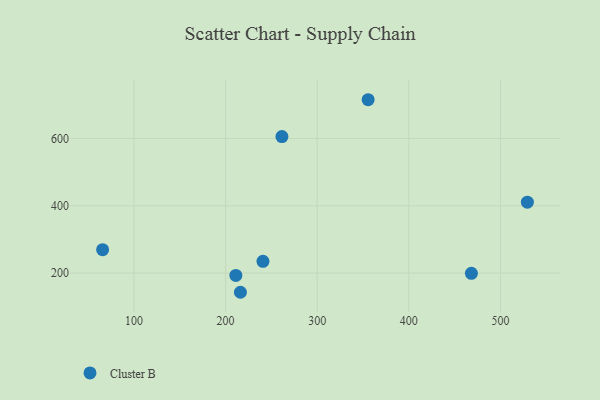
{"axis": {"x": "Distance", "y": "Fuel Efficiency"}, "legend": ["Cluster B"], "data": [{"x": "529.4", "y": 410.7, "type": "Cluster B"}, {"x": "261.5", "y": 605.8, "type": "Cluster B"}, {"x": "211.2", "y": 193.1, "type": "Cluster B"}, {"x": "355.6", "y": 715.2, "type": "Cluster B"}, {"x": "216.2", "y": 143.0, "type": "Cluster B"}, {"x": "65.8", "y": 269.6, "type": "Cluster B"}, {"x": "240.8", "y": 234.9, "type": "Cluster B"}, {"x": "468.3", "y": 199.3, "type": "Cluster B"}]}